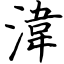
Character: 湋